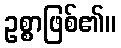
ဥစ္စာဖြစ်၏။